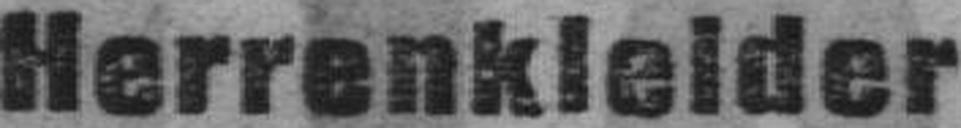
Herrenkleider